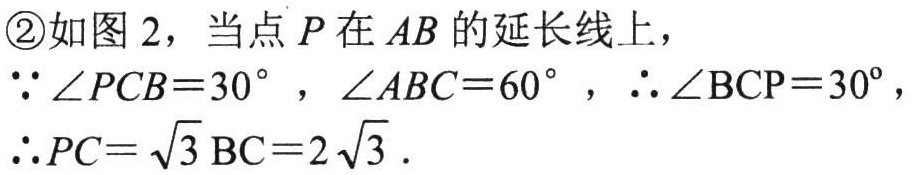
\textcircled{2}如图 2，当点 \(P\) 在 \(AB\) 的延长线上，
\(\because\angle PCB = 30^{\circ}\)，\(\angle ABC = 60^{\circ}\)，\(\therefore\angle BCP = 30^{\circ}\)，
\(\therefore PC=\sqrt{3}BC = 2\sqrt{3}\).